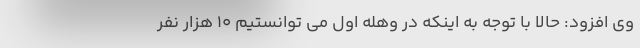
وی افزود: حالا با توجه به اینکه در وهله اول می توانستیم ۱۰ هزار نفر